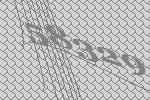
58329